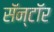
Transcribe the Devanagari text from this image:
सॅन्टॉर